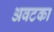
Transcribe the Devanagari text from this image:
अवटका